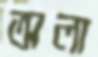
অলা